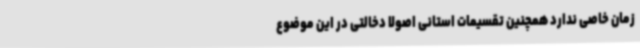
زمان خاصی ندارد همچنین تقسیمات استانی اصولاً دخالتی در این موضوع